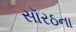
સૉરઠના